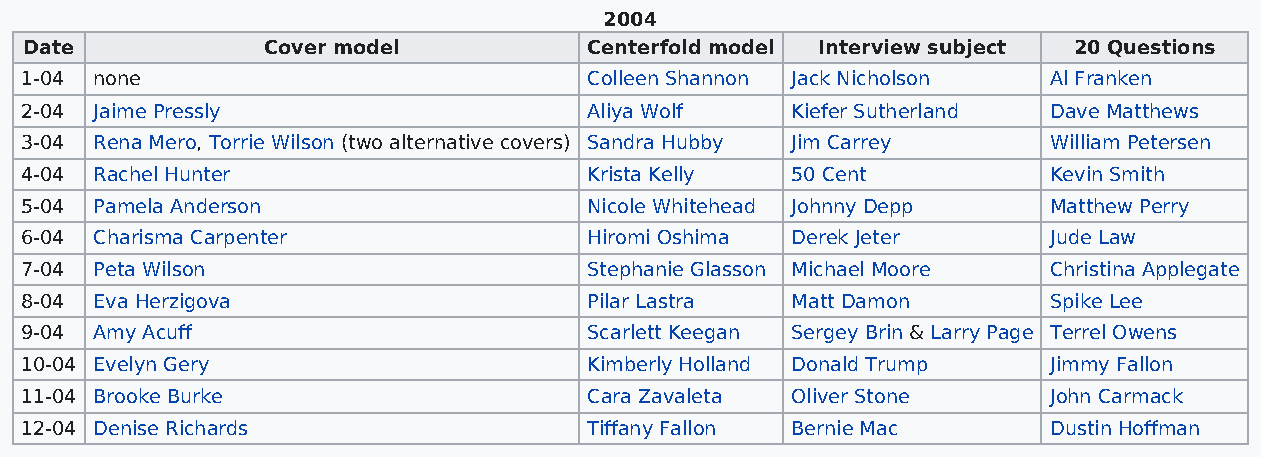
2004
 Date           Cover model           Centerfold model Interview subject 20 Questions
 1-04 none                             Colleen Shannon Jack Nicholson Al Franken
 2-04 Jaime Pressly                    Aliya Wolf   Kiefer Sutherland Dave Matthews
 3-04 Rena Mero, Torrie Wilson (two alternative covers) Sandra Hubby Jim Carrey William Petersen
 4-04 Rachel Hunter                    Krista Kelly 50 Cent          Kevin Smith
 5-04 Pamela Anderson                  Nicole Whitehead Johnny Depp  Matthew Perry
 6-04 Charisma Carpenter               Hiromi Oshima Derek Jeter     Jude Law
 7-04 Peta Wilson                      Stephanie Glasson Michael Moore Christina Applegate
 8-04 Eva Herzigova                    Pilar Lastra Matt Damon       Spike Lee
 9-04 Amy Acuff                        Scarlett Keegan Sergey Brin & Larry Page Terrel Owens
 10-04 Evelyn Gery                     Kimberly Holland Donald Trump Jimmy Fallon
 11-04 Brooke Burke                    Cara Zavaleta Oliver Stone    John Carmack
 12-04 Denise Richards                 Tiffany Fallon Bernie Mac     Dustin Hoffman